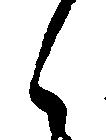
之